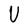
Character: U